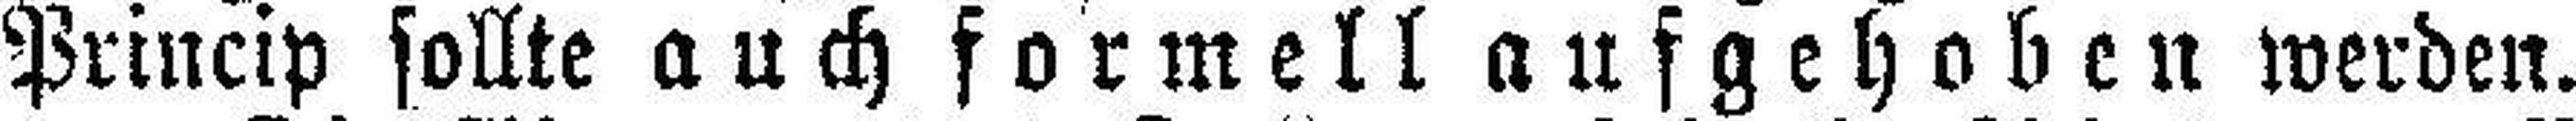
Princip sollte auch formell aufgehoben werden.